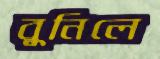
বুনিলে